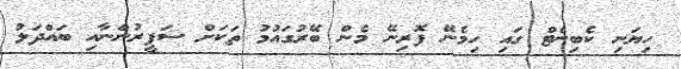
ހިޔަނި ކެބިނެޓް ގައި ހިމެނޭ ފޮރިނޭ މެން ބޭރުގައުމު ތަކަށް ސަފީރުންނާއި ބައްދަލު